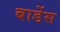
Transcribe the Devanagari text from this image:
बार्डेस